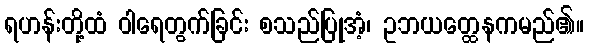
ရဟန်းတို့ထံ ဝါရေတွက်ခြင်း စသည်ပြုအံ့၊ ဥဘယတ္ထေနကမည်၏။